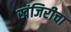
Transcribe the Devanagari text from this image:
खंजिरीचा